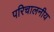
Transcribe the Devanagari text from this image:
परिचालनीय